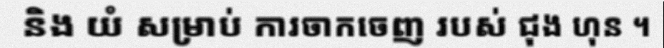
និង យំ សម្រាប់ ការចាកចេញ របស់ ជុង ហុន ។